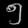
Digit: ၅